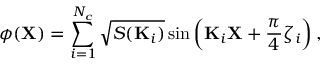
\phi ( \mathbf { X } ) = \sum _ { i = 1 } ^ { N _ { c } } \sqrt { S ( \mathbf { K } _ { i } ) } \sin \left( \mathbf { K } _ { i } \mathbf { X } + \frac { \pi } { 4 } \zeta _ { i } \right) ,